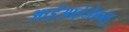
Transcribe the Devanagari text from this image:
आईआईजेडब्लू